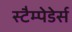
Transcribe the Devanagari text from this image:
स्टैम्पेडेर्स